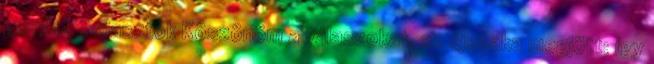
gondol. Sziasztok Köszönöm a válaszokat, az éjszaka megjött: így